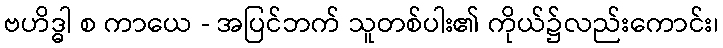
ဗဟိဒ္ဓါ စ ကာယေ - အပြင်ဘက် သူတစ်ပါး၏ ကိုယ်၌လည်းကောင်း၊